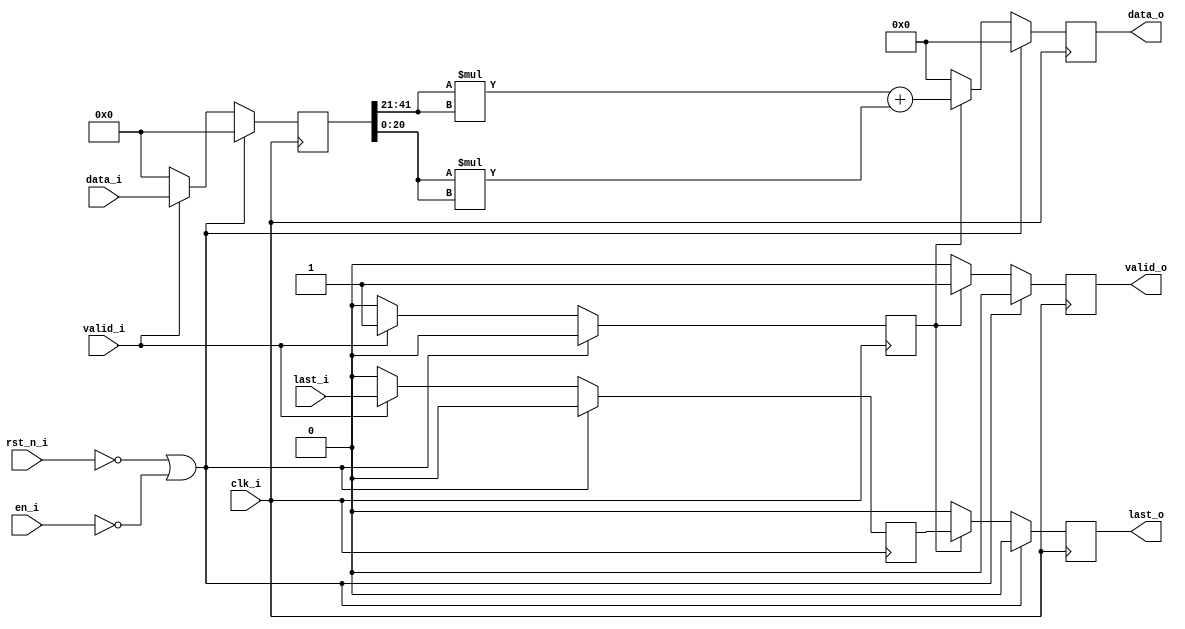
// =============================================================================
// Module:       Power Spectrum
// Design:       Matthew Pauly
// Verification: Eldrick Millares
// Notes:        Computes the power spectrum of a frequency domain signal from
//               the fft wrapper, which is the real part squared added to the
//               imaginary part squared.
// =============================================================================

module power_spectrum #(
    // =========================================================================
    // Local Parameters - Do Not Edit
    // =========================================================================
    parameter I_BW = 21,
    parameter O_BW = 32
) (
    // clock and reset
    input                                   clk_i,
    input                                   rst_n_i,
    input                                   en_i,

    // streaming input
    input  signed [I_BW * 2 - 1 : 0]        data_i,
    input                                   valid_i,
    input                                   last_i,

    // streaming output
    output [O_BW - 1 : 0]                   data_o,
    output                                  valid_o,
    output                                  last_o
);

    // =========================================================================
    // Register input to reduce long path length
    // =========================================================================
    reg signed [I_BW * 2 - 1 : 0] data_i_q;
    reg valid_i_q;
    reg last_i_q;
    always @(posedge clk_i) begin
        if (!rst_n_i | !en_i) begin
            data_i_q <= 'd0;
            valid_i_q <= 'd0;
            last_i_q <= 'd0;
        end else begin
            if (valid_i) begin
                data_i_q <= data_i;
                valid_i_q <= valid_i;
                last_i_q <= last_i;
            end else begin
                data_i_q <= 'd0;
                valid_i_q <= 'd0;
                last_i_q <= 'd0;
            end
        end
    end

    // =========================================================================
    // Unpacked Data
    // =========================================================================
    wire signed [I_BW - 1 : 0] real_i = data_i_q[I_BW * 2 - 1 : I_BW];
    wire signed [I_BW - 1 : 0] imag_i = data_i_q[I_BW - 1 : 0];

    // =========================================================================
    // Result
    // =========================================================================
    wire [O_BW - 1 : 0] data = (real_i * real_i) + (imag_i * imag_i);
    wire valid = valid_i_q;
    wire last = last_i_q;

    // =========================================================================
    // Register output to reduce long path length
    // =========================================================================
    reg [O_BW - 1 : 0] data_q;
    reg valid_q;
    reg last_q;
    always @(posedge clk_i) begin
        if (!rst_n_i | !en_i) begin
            data_q <= 'd0;
            valid_q <= 'd0;
            last_q <= 'd0;
        end else begin
            if (valid) begin
                data_q <= data;
                valid_q <= valid;
                last_q <= last;
            end else begin
                data_q <= 'd0;
                valid_q <= 'd0;
                last_q <= 'd0;
            end
        end
    end

    // =========================================================================
    // Output Assignment
    // =========================================================================
    assign data_o = data_q;
    assign valid_o = valid_q;
    assign last_o = last_q;

    // =========================================================================
    // Simulation Only Waveform Dump (.vcd export)
    // =========================================================================
    `ifdef COCOTB_SIM
    `ifndef SCANNED
    `define SCANNED
    initial begin
        $dumpfile ("wave.vcd");
        $dumpvars (0, power_spectrum);
        #1;
    end
    `endif
    `endif

endmodule